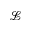
\mathcal { L }